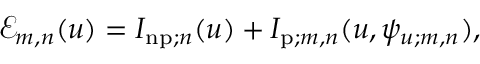
\begin{array} { r } { \mathcal { E } _ { m , n } ( u ) = I _ { \mathrm { n p } ; n } ( u ) + I _ { \mathrm { p } ; m , n } ( u , \psi _ { u ; m , n } ) , } \end{array}